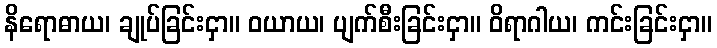
နိရောဓာယ၊ ချုပ်ခြင်းငှာ။ ဝယာယ၊ ပျက်စီးခြင်းငှာ။ ဝိရာဂါယ၊ ကင်းခြင်းငှာ။